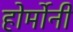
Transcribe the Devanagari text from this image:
होर्मोनी